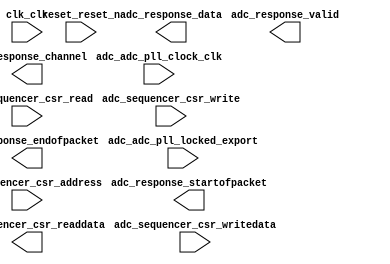

module adc (
	adc_adc_pll_clock_clk,
	adc_adc_pll_locked_export,
	adc_response_valid,
	adc_response_channel,
	adc_response_data,
	adc_response_startofpacket,
	adc_response_endofpacket,
	adc_sequencer_csr_address,
	adc_sequencer_csr_read,
	adc_sequencer_csr_write,
	adc_sequencer_csr_writedata,
	adc_sequencer_csr_readdata,
	clk_clk,
	reset_reset_n);	

	input		adc_adc_pll_clock_clk;
	input		adc_adc_pll_locked_export;
	output		adc_response_valid;
	output	[4:0]	adc_response_channel;
	output	[11:0]	adc_response_data;
	output		adc_response_startofpacket;
	output		adc_response_endofpacket;
	input		adc_sequencer_csr_address;
	input		adc_sequencer_csr_read;
	input		adc_sequencer_csr_write;
	input	[31:0]	adc_sequencer_csr_writedata;
	output	[31:0]	adc_sequencer_csr_readdata;
	input		clk_clk;
	input		reset_reset_n;
endmodule